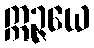
ဣဉ္ဇယေ